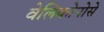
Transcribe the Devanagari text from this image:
वेलिकोनोसे